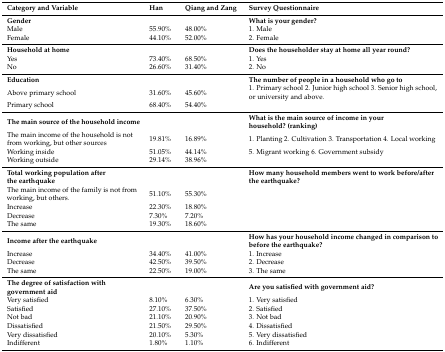
<table><thead><tr><td><b>Category and Variable</b></td><td><b>Han</b></td><td><b>Qiang and Zang</b></td><td><b>Survey Questionnaire</b></td></tr></thead><tbody><tr><td><b>Gender</b></td><td></td><td></td><td><b>What is your gender?</b></td></tr><tr><td>Male</td><td>55.90%</td><td>48.00%</td><td>1. Male</td></tr><tr><td>Female</td><td>44.10%</td><td>52.00%</td><td>2. Female</td></tr><tr><td><b>Household at home</b></td><td></td><td></td><td><b>Does the householder stay at home all year round?</b></td></tr><tr><td>Yes</td><td>73.40%</td><td>68.50%</td><td>1. Yes</td></tr><tr><td>No</td><td>26.60%</td><td>31.40%</td><td>2. No</td></tr><tr><td><b>Education</b></td><td></td><td></td><td><b>The number of people in a household who go to</b></td></tr><tr><td>Above primary school</td><td>31.60%</td><td>45.60%</td><td>1. Primary school 2. Junior high school 3. Senior high school, or university and above.</td></tr><tr><td>Primary school</td><td>68.40%</td><td>54.40%</td><td></td></tr><tr><td><b>The main source of the household income</b></td><td></td><td></td><td><b>What is the main source of income in your household? (ranking)</b></td></tr><tr><td>The main income of the household is not from working, but other sources</td><td>19.81%</td><td>16.89%</td><td>1. Planting 2. Cultivation 3. Transportation 4. Local working</td></tr><tr><td>Working inside</td><td>51.05%</td><td>44.14%</td><td>5. Migrant working 6. Government subsidy</td></tr><tr><td>Working outside</td><td>29.14%</td><td>38.96%</td><td></td></tr><tr><td><b>Total working population after the earthquake</b></td><td></td><td></td><td><b>How many household members went to work before/after the earthquake?</b></td></tr><tr><td>The main income of the family is not from working, but others.</td><td>51.10%</td><td>55.30%</td><td></td></tr><tr><td>Increase</td><td>22.30%</td><td>18.80%</td><td></td></tr><tr><td>Decrease</td><td>7.30%</td><td>7.20%</td><td></td></tr><tr><td>The same </td><td>19.30%</td><td>18.60%</td><td></td></tr><tr><td><b>Income after the earthquake</b></td><td></td><td></td><td><b>How has your household income changed in comparison to before the earthquake?</b></td></tr><tr><td>Increase</td><td>34.40%</td><td>41.00%</td><td>1. Increase</td></tr><tr><td>Decrease</td><td>42.50%</td><td>39.50%</td><td>2. Decrease</td></tr><tr><td>The same </td><td>22.50%</td><td>19.00%</td><td>3. The same</td></tr><tr><td><b>The degree of satisfaction with government aid</b></td><td></td><td></td><td><b>Are you satisfied with government aid?</b></td></tr><tr><td>Very satisfied</td><td>8.10%</td><td>6.30%</td><td>1. Very satisfied</td></tr><tr><td>Satisfied</td><td>27.10%</td><td>37.50%</td><td>2. Satisfied</td></tr><tr><td>Not bad</td><td>21.10%</td><td>20.90%</td><td>3. Not bad</td></tr><tr><td>Dissatisfied</td><td>21.50%</td><td>29.50%</td><td>4. Dissatisfied</td></tr><tr><td>Very dissatisfied</td><td>20.10%</td><td>5.30%</td><td>5. Very dissatisfied</td></tr><tr><td>Indifferent</td><td>1.80%</td><td>1.10%</td><td>6. Indifferent</td></tr></tbody></table>